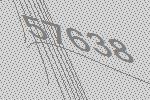
57638